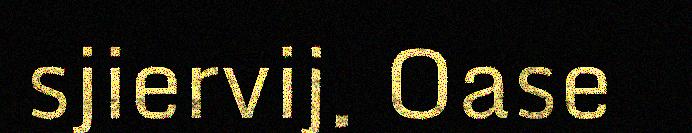
sjiervij. Oase